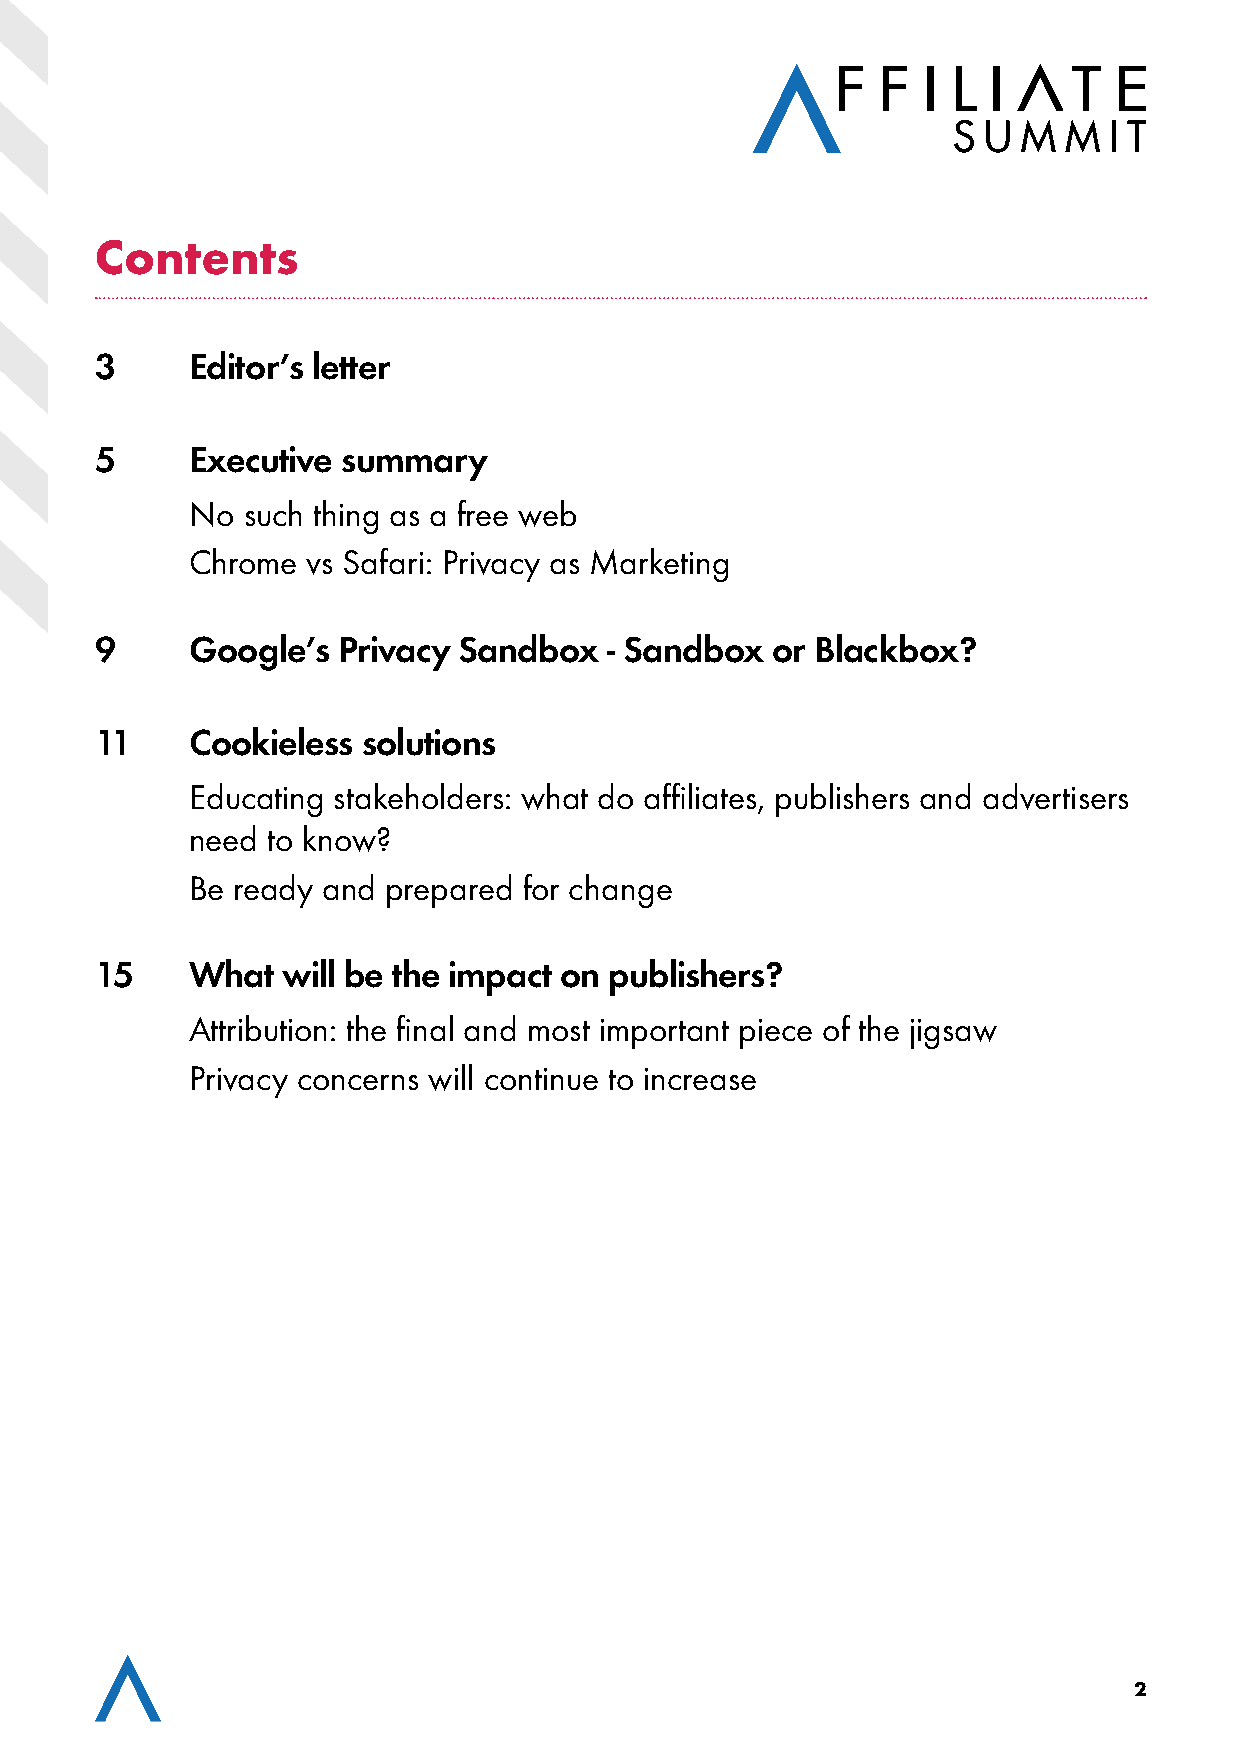
Contents
 3      Editor’s letter
 5      Executive summary
 No such thing as a free web
 Chrome vs Safari: Privacy as Marketing
 9      Google’s Privacy Sandbox   - Sandbox  or Blackbox?
 11     Cookieless solutions
 Educating stakeholders: what do affiliates, publishers and advertisers
 need to know?
 Be ready and prepared for change
 15     What  will be the impact on publishers?
 Attribution: the final and most important piece of the jigsaw
 Privacy concerns will continue to increase
 2